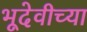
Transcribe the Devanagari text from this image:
भूदेवीच्या